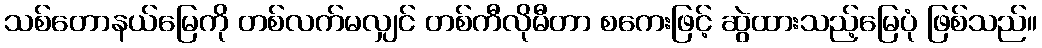
သစ်တောနယ်မြေကို တစ်လက်မလျှင် တစ်ကီလိုမီတာ စကေးဖြင့် ဆွဲထားသည့်မြေပုံ ဖြစ်သည်။